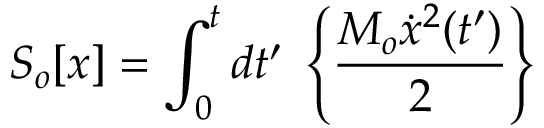
S _ { o } [ x ] = \int _ { 0 } ^ { t } { d t ^ { \prime } } \; \left\{ \frac { M _ { o } \dot { x } ^ { 2 } ( t ^ { \prime } ) } { 2 } \right\}